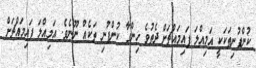
ކުންފުނިތަކަކީ އަމިއްލަ ފައިމައްޗަށް ދެތުވެ ހިންގާ ކުންފުނި ތަކެއް ނޫނެވެ. އަމިއްލަ ފައިމައްޗަށް